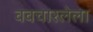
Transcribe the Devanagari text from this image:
ववचारलेला